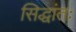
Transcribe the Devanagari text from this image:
सिद्धांतः